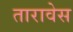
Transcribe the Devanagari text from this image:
तारावेस